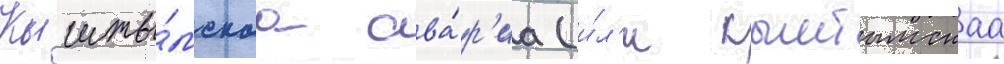
Кышты́мскаа ава́р'иа (и́л'и кыштымскаа